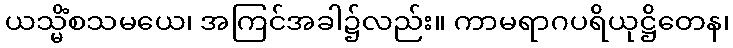
ယသ္မိံစသမယေ၊ အကြင်အခါ၌လည်း။ ကာမရာဂပရိယုဋ္ဌိတေန၊